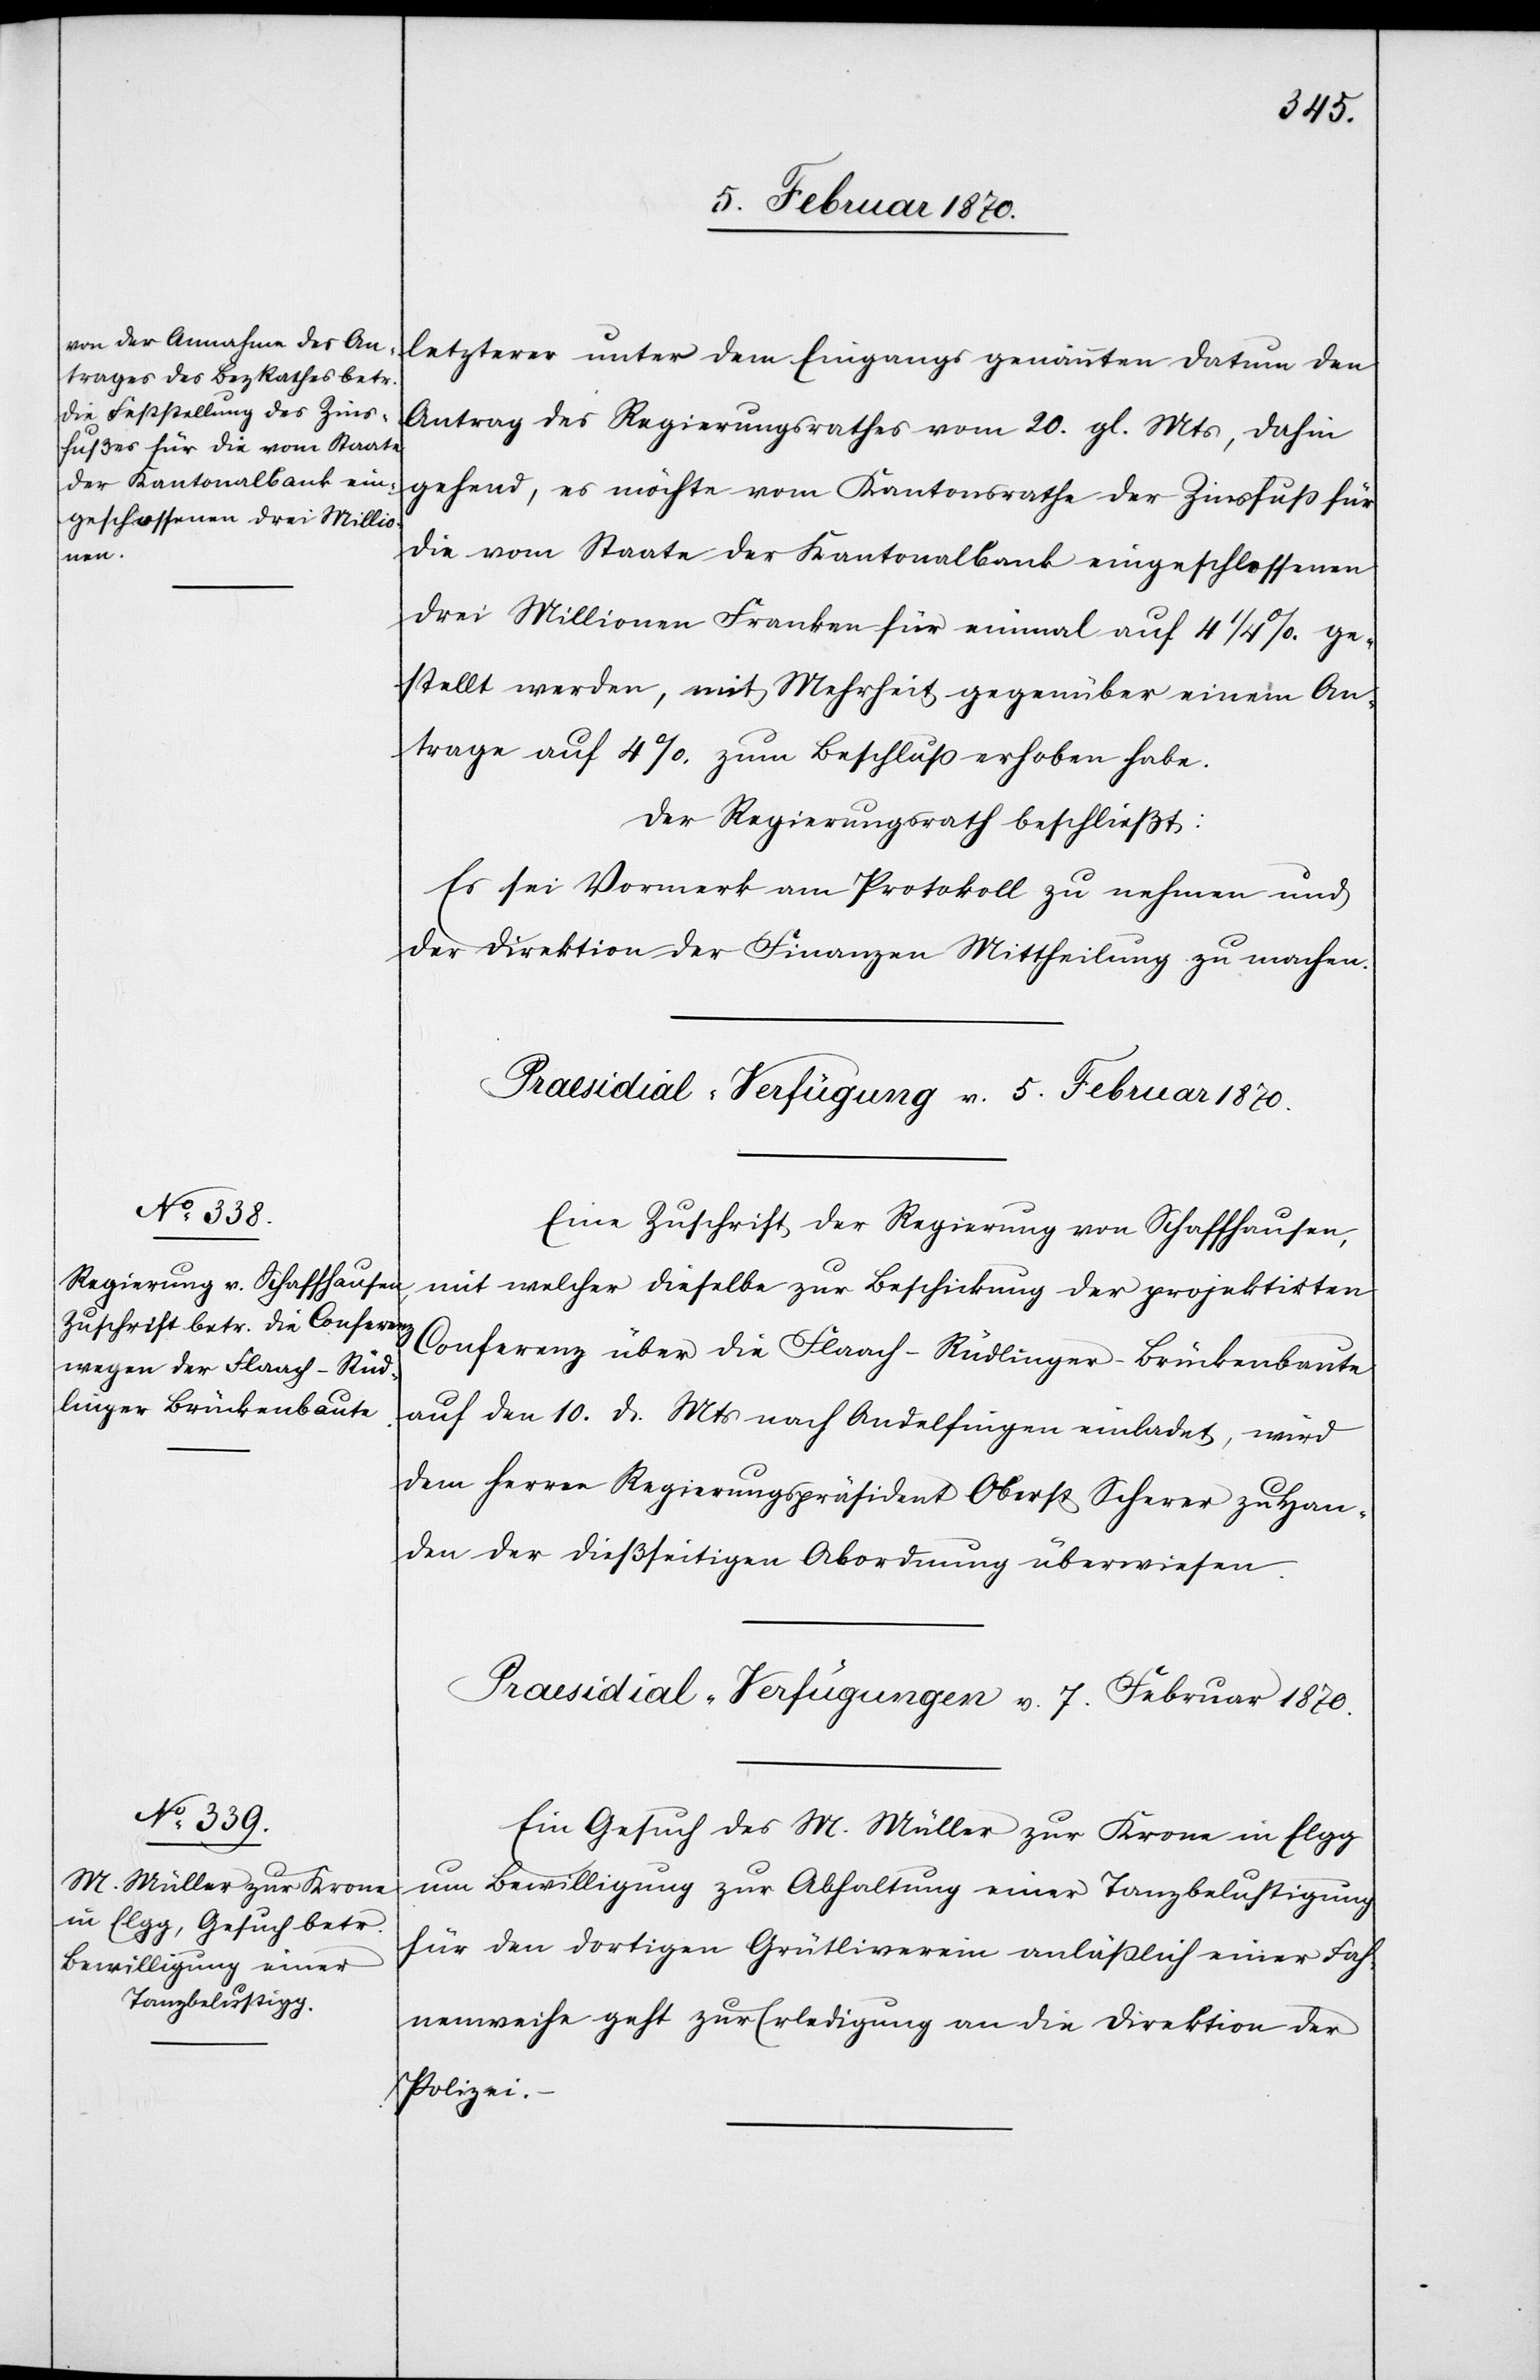
letzterer unter dem Eingangs genannten Datum den
Antrag des Regierungsrathes vom 20. gl. Mts, dahin
gehend, es möchte vom Kantonsrathe der Zinsfuß für
die vom Staate der Kantonalbank eingeschlossenen
drei Millionen Franken für einmal auf 4 1/4%. ge¬
stellt werden, mit Mehrheit gegenüber einem An¬
trage auf 4%. zum Beschluss erhoben habe.
Der Regierungsrath beschließt:
Es sei Vormerk am Protokoll zu nehmen und
der Direktion der Finanzen Mittheilung zu machen.
Praesidial-Verfügung v. 5. Februar 1870.
Eine Zuschrift der Regierung von Schaffhausen,
mit welcher dieselbe zur Beschickung der projektirten
Conferenz über die Flaach–Rüdlinger-Brückenbaute
auf den 10. d. Mts nach Andelfingen einladet, wird
dem Herren Regierungspräsident Oberst Scherer zu Han¬
den der dießseitigen Abordnung überwiesen.
Praesidial-Verfügungen v. 7. Februar 1870.
Ein Gesuch des M. Müller zu Krone in Elgg
um Bewilligung zur Abhaltung einer Tanzbelustigung
für den dortigen Grütliverein anläßlich einer Fah¬
nenweihe geht zur Erledigung an die Direktion der
Polizei.